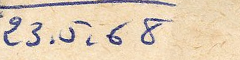
23.5.68